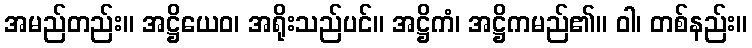
အမည်တည်း။ အဋ္ဌိယေဝ၊ အရိုးသည်ပင်။ အဋ္ဌိကံ၊ အဋ္ဌိကမည်၏။ ဝါ၊ တစ်နည်း။